Scientific memoirs by medical officers of the Army of India - Part XII,
Year: 1901
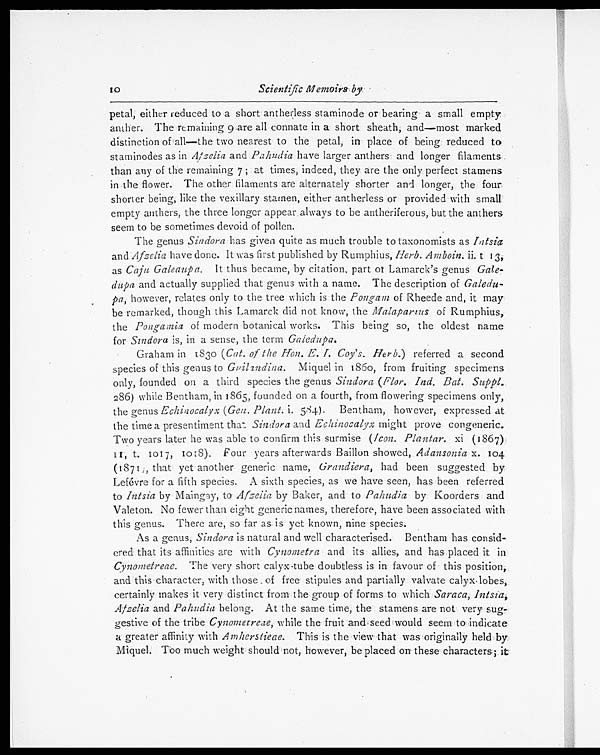
petal, either reduced to a short antherless staminode or bearing a small empty
anther. The remaining 9 are all connate in a short sheath, and—most marked
distinction of all—the two nearest to the petal, in place of being reduced to
staminodes as in Afzelia and Pahudia have larger anthers and longer filaments
than any of the remaining 7 ; at times, indeed, they are the only perfect stamens
in the flower. The other filaments are alternately shorter and longer, the four
shorter being, like the vexillary stamen, either antherless or provided with small
empty anthers, the three longer appear always to be antheriferous, but the anthers
seem to be sometimes devoid of pollen.
The genus Sindora has given quite as much trouble to taxonomists as Intsia
and Afzelia have done. It was first published by Rumphius, Herb. Amboin. t 13 ,
as Caju Galeaupa. It thus became, by citation, part of Lamarck's genus Gale-
dupa and actually supplied that genus with a name. The description of Galedu-
pa, however, relates only to the tree which is the Pongam of Rheede and, it may
be remarked, though this Lamarck did not know, the Malaparus of Rumphius,
the Pongamia of modern botanical works. This being so, the oldest name
for Sindora is, in a sense, the term Galedupa.
Graham in 1830 (Cat. of the Hon. E. I. Coy's. Herb.) referred a second
species of this genus to Guilxndina. Miquel in 1860, from fruiting specimens
only, founded on a third species the genus Sindora (Flor. Ind. Bat. Suppl.
286) while Bentham, in 1865, founded on a fourth, from flowering specimens only,
the genus Echinocalyx (Gen. Plant. i. 584). Bentham, however, expressed at
the time a presentiment that Sindora and Echinocalyx might prove congeneric.
Two years later he was able to confirm this surmise (Icon. Plantar. xi (1867),
I t. 1017, 1018). Four years afterwards Baillon showed, Adansonia x.
104 (1871), that yet another generic name, Grandiera, had been suggested by
Lefévre for a fifth species. A sixth species, as we have seen, has been referred
to Intsia by Maingay, to Afzelia by Baker, and to Pahudia by Koorders and
Valeton. No fewer than eight generic names, therefore, have been associated with
this genus. There are, so far as is yet known, nine species.
As a genus, Sindora is natural and well characterised. Bentham has consid-
ered that its affinities are with Cynometra and its allies, and has placed it in
Cynometreae. The very short calyx-tube doubtless is in favour of this position,
and this character, with those of free stipules and partially valvate calyx lobes,
certainly makes it very distinct from the group of forms to which Saraca, Instia,
Afzelia and Pahudia belong. At the same time, the stamens are not very sugr-
gestive of the tribe Cynometreae, while the fruit and seed would seem to indicate
a greater affinity with Amherstieae. This is the view that was originally held by
Miquel. Too much weight should not, however, be placed on these characters ; it